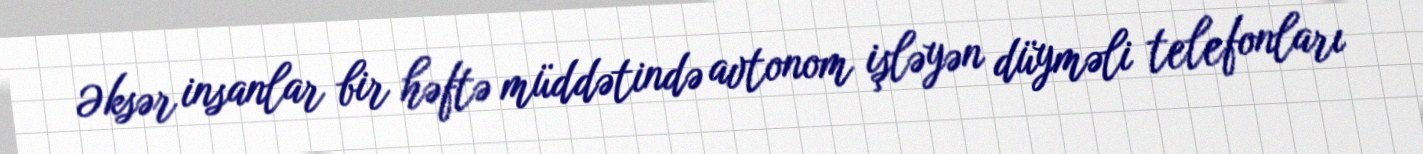
Əksər insanlar bir həftə müddətində avtonom işləyən düyməli telefonları